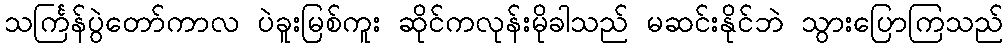
သင်္ကြန်ပွဲတော်ကာလ ပဲခူးမြစ်ကူး ဆိုင်ကလုန်းမိုခါသည် မဆင်းနိုင်ဘဲ သွားပြောကြသည်